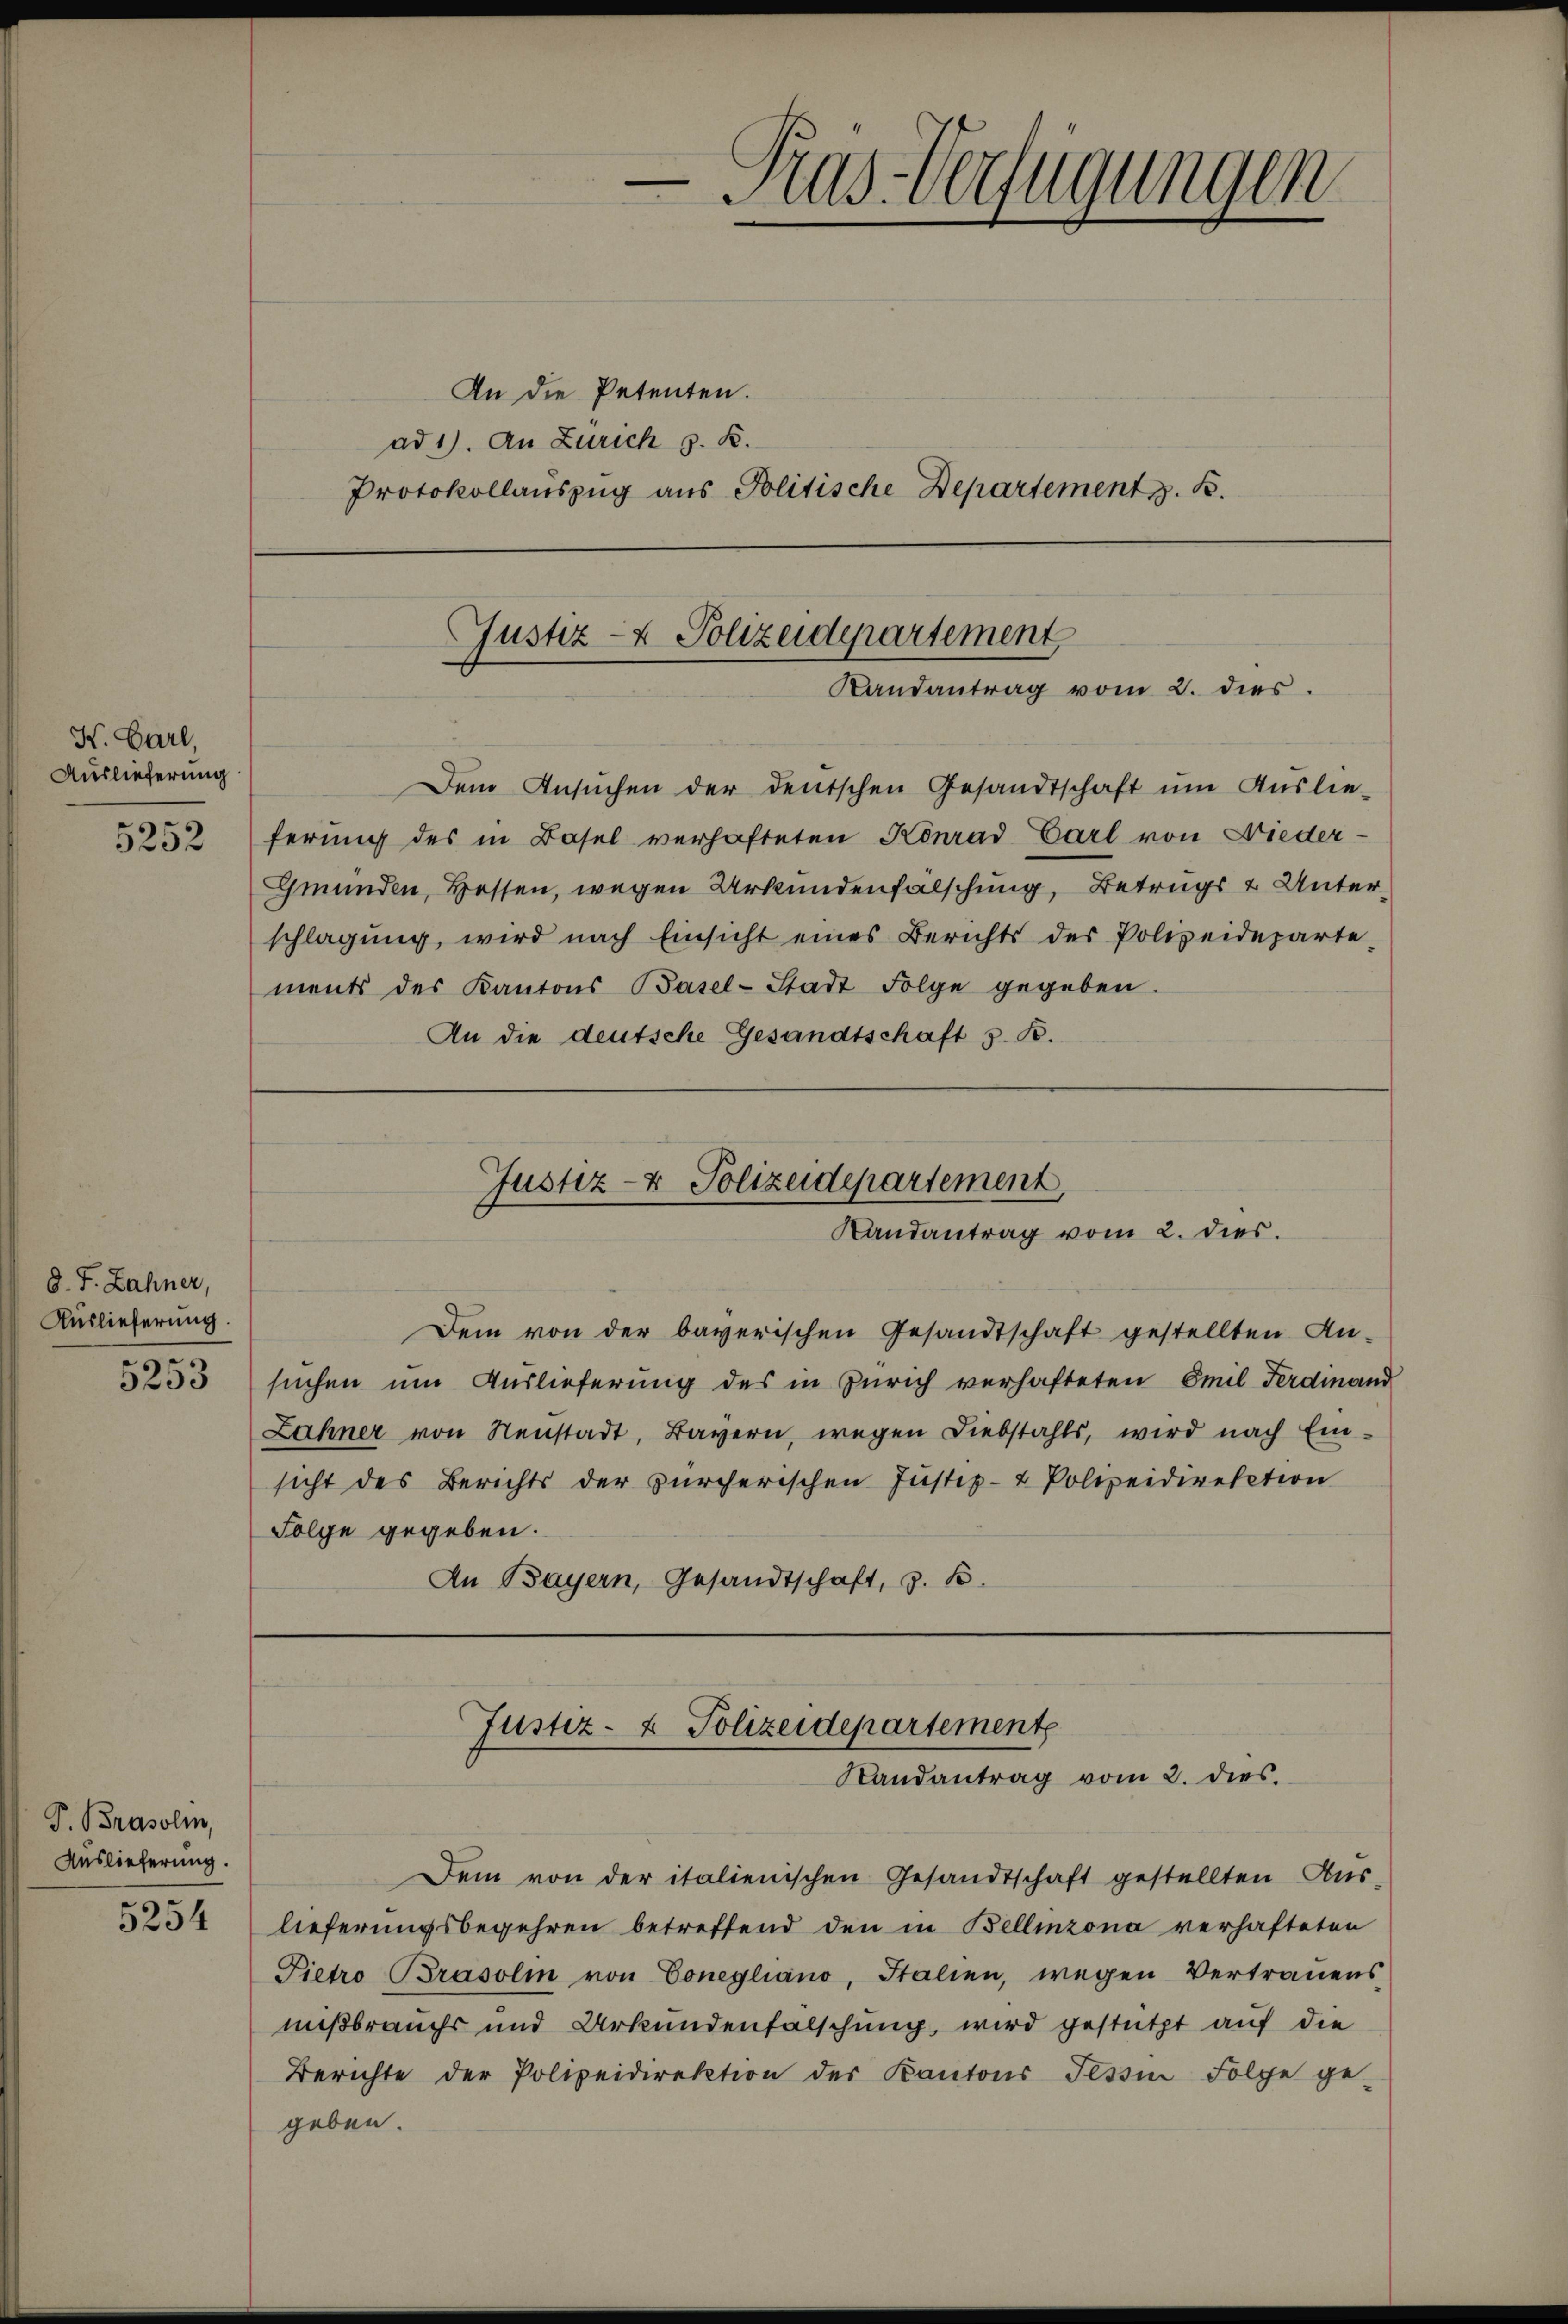
H. Carl,
Auslieferung

5252

8. J. Zahner,
Auslieferung.
5253

P. Brasoli,
Auslieferung.

5254

An die Petenten.
ad 1. An Zürich z. B.
Protokollauszug aus Politische Departement z. B.

Justiz- & Polizeidepartement
Randantrag vom 2. dies

Pas-Verfügungen

Dem Ansŭchen der deutschen Gesandtschaft ŭm Aŭslie-
ferung des in Basel verhafteten Konrad Carl von Nieder¬
Gmünden, Hessen, wegen Urkundenfalschung, Betrugs & Unterschlagung, wird nach Einsicht eines Berichts des Polizeideparte-
ments des Kantons Basel-Stadt Folge gegeben.
An die deutsche Gesandtschaft s. B.

Justiz- & Polizeidepartement,
Randantrag vom 2. dies

Dem von der bayerischen Gesandtschaft gestellten An-
suchen um Auslieferung des in Zürich verhafteten Emil Ferdinand
Zähner von Neŭstadt, Bayern, wegen Diebstahls, wird nach Ein-
sicht des Berichts der zürcherischen Justiz- & Polizeidirektion
Folge gegeben.
An Bayern, Gesandtschaft, z. B.

Justiz- & Polizeidepartement
Randantrag vom 2. dies.

Dem von der italienischen Gesandtschaft gestellten Aŭs-
lieferungsbegehren betreffend den in Bellinzona verhafteten
Pietro Brasoli von Conegliano, Italien, wegen Vertrauens
mißbrauchs und Urkundenfalschung, wird gestützt auf die
Berichte der Polizeidirektion der Kantons Tessin Folge ge-
geben.